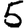
Digit: 5